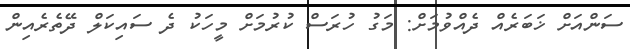
ސަންއަށް ޚަބަރެއް ދެއްވުމަށް: މަގު ހުރަސް ކުރުމަށް މީހަކު ދެ ސައިކަލް ދޭތެރެއިން